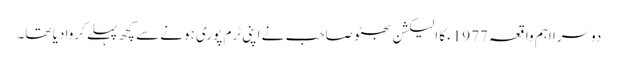
دوسرا اہم واقعہ 1977ءکا الیکشن بھٹو صاحب نے اپنی ٹرم پوری ہونے سے کچھ پہلے کروا دیا تھا۔